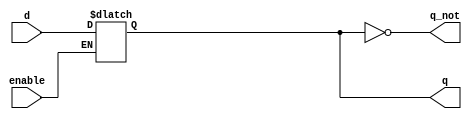
module d_latch(
    input d,
    input enable,
    output q,
    output q_not
);

    reg d_latch;

    always @( enable or d) begin
        if(enable)
            d_latch <= d;
    end

    assign q = d_latch;
    assign q_not = ~q;

endmodule